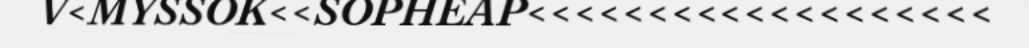
V<MYSSOK<<SOPHEAP<<<<<<<<<<<<<<<<<<<